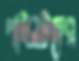
পাইলটদের